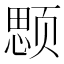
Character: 𱂲